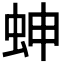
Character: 𧊋